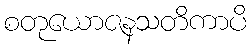
စတုယောဇနသတိကာပိ